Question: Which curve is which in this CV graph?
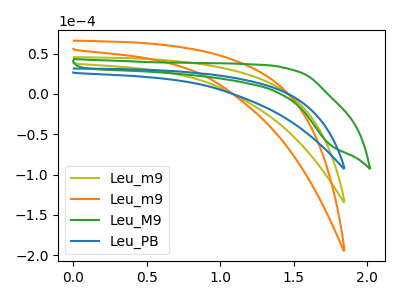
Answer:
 <answer>The olive curve is labeled "Leu_m9". The orange curve is labeled "Leu_m9". The green curve is labeled "Leu_M9". The blue curve is labeled "Leu_PB".</answer>
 <eval></eval>